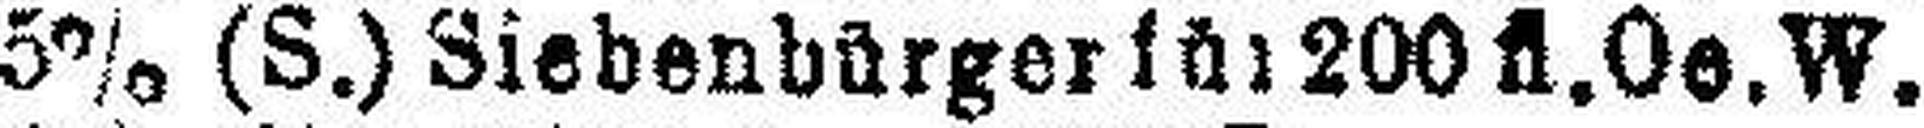
5% (S.) Siebenbürger ### 200 fl. Oe. W.